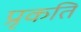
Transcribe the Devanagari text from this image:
प्रृकति